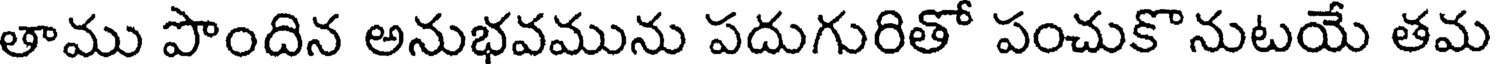
తాము పొందిన అనుభవమును పదుగురితో పంచుకొనుటయే తమ